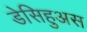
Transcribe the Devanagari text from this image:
डेसिहुअस